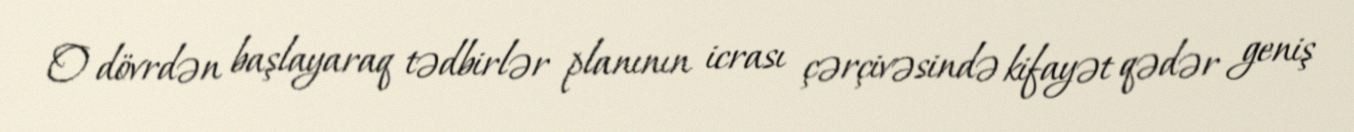
O dövrdən başlayaraq tədbirlər planının icrası çərçivəsində kifayət qədər geniş